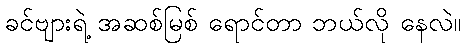
ခင်ဗျားရဲ့ အဆစ်မြစ် ရောင်တာ ဘယ်လို နေလဲ။